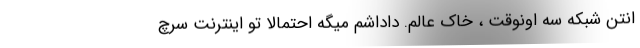
انتن شبکه سه اونوقت ، خاک عالم. داداشم میگه احتمالا تو اینترنت سرچ